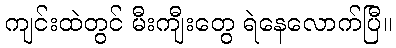
ကျင်းထဲတွင် မီးကျီးတွေ ရဲနေလောက်ပြီ။